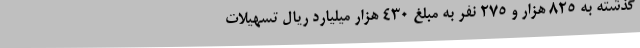
گذشته به ۸۲۵ هزار و ۲۷۵ نفر به مبلغ ۴۳۰ هزار میلیارد ریال تسهیلات